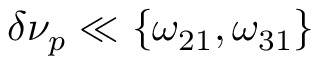
\delta \nu _ { p } \ll \{ \omega _ { 2 1 } , \omega _ { 3 1 } \}